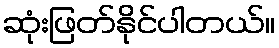
ဆုံးဖြတ်နိုင်ပါတယ်။